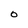
Character: O